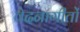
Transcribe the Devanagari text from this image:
वेदनागीतों